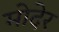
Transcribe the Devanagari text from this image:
मोदेर